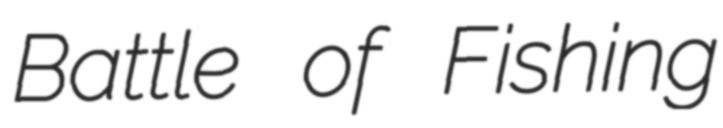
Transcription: Battle of Fishing